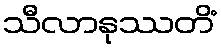
သီလာနုဿတိံ